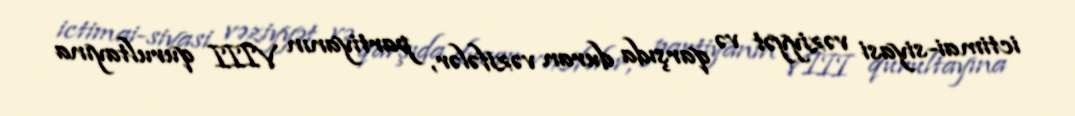
ictimai-siyasi vəziyyət və qarşıda duran vəzifələr, partiyanın VIII qurultayına